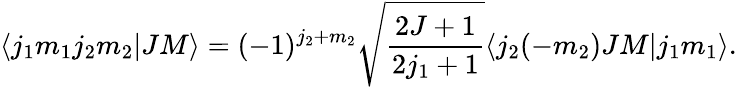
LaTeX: \langle j_{1}m_{1}j_{2}m_{2}|JM\rangle=(-1)^{j_{2}+m_{2}}\sqrt{\frac{2J+1}{2j_{1}+1}}\langle j_{2}(-m_{2})JM|j_{1}m_{1}\rangle.